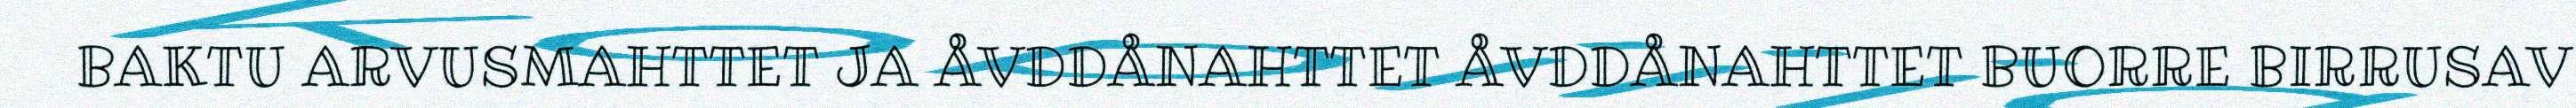
BAKTU ARVUSMAHTTET JA ÅVDDÅNAHTTET ÅVDDÅNAHTTET BUORRE BIRRUSAV